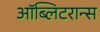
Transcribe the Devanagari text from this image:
ऑब्लिटरान्स